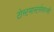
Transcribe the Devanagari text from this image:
टोस्टमास्टर्ससारखी